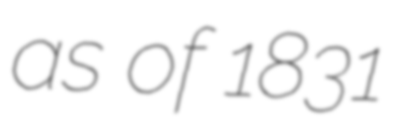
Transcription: as of 1831